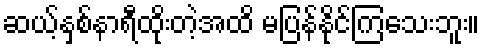
ဆယ့်နှစ်နာရီထိုးတဲ့အထိ မပြန်နိုင်ကြသေးဘူး။